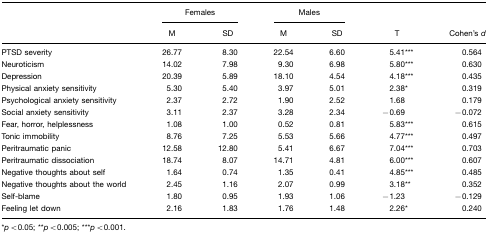
<table><thead><tr><td></td><td colspan="2"><b>Females</b></td><td colspan="2"><b>Males</b></td><td></td><td></td></tr><tr><td></td><td><b>M</b></td><td><b>SD</b></td><td><b>M</b></td><td><b>SD</b></td><td><b>T</b></td><td><b>Cohen&#x27;s <i>d</i></b></td></tr></thead><tbody><tr><td>PTSD severity</td><td>26.77</td><td>8.30</td><td>22.54</td><td>6.60</td><td>5.41***</td><td>0.564</td></tr><tr><td>Neuroticism</td><td>14.02</td><td>7.98</td><td>9.30</td><td>6.98</td><td>5.80***</td><td>0.630</td></tr><tr><td>Depression</td><td>20.39</td><td>5.89</td><td>18.10</td><td>4.54</td><td>4.18***</td><td>0.435</td></tr><tr><td>Physical anxiety sensitivity</td><td>5.30</td><td>5.40</td><td>3.97</td><td>5.01</td><td>2.38*</td><td>0.319</td></tr><tr><td>Psychological anxiety sensitivity</td><td>2.37</td><td>2.72</td><td>1.90</td><td>2.52</td><td>1.68</td><td>0.179</td></tr><tr><td>Social anxiety sensitivity</td><td>3.11</td><td>2.37</td><td>3.28</td><td>2.34</td><td>−0.69</td><td>−0.072</td></tr><tr><td>Fear, horror, helplessness</td><td>1.08</td><td>1.00</td><td>0.52</td><td>0.81</td><td>5.83***</td><td>0.615</td></tr><tr><td>Tonic immobility</td><td>8.76</td><td>7.25</td><td>5.53</td><td>5.66</td><td>4.77***</td><td>0.497</td></tr><tr><td>Peritraumatic panic</td><td>12.58</td><td>12.80</td><td>5.41</td><td>6.67</td><td>7.04***</td><td>0.703</td></tr><tr><td>Peritraumatic dissociation</td><td>18.74</td><td>8.07</td><td>14.71</td><td>4.81</td><td>6.00***</td><td>0.607</td></tr><tr><td>Negative thoughts about self</td><td>1.64</td><td>0.74</td><td>1.35</td><td>0.41</td><td>4.85***</td><td>0.485</td></tr><tr><td>Negative thoughts about the world</td><td>2.45</td><td>1.16</td><td>2.07</td><td>0.99</td><td>3.18**</td><td>0.352</td></tr><tr><td>Self-blame</td><td>1.80</td><td>0.95</td><td>1.93</td><td>1.06</td><td>−1.23</td><td>−0.129</td></tr><tr><td>Feeling let down</td><td>2.16</td><td>1.83</td><td>1.76</td><td>1.48</td><td>2.26*</td><td>0.240</td></tr></tbody></table>